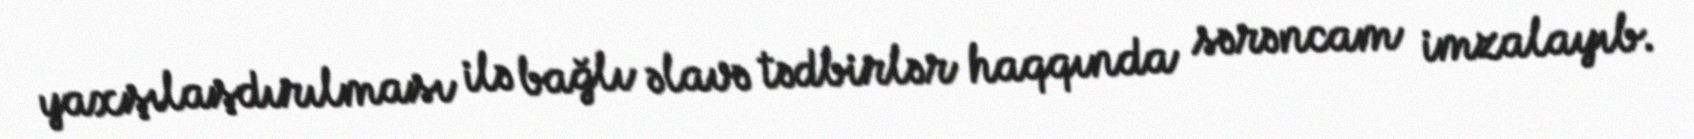
yaxşılaşdırılması ilə bağlı əlavə tədbirlər haqqında sərəncam imzalayıb.